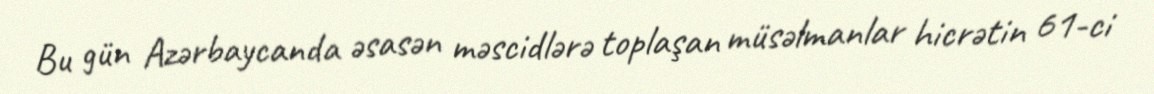
Bu gün Azərbaycanda əsasən məscidlərə toplaşan müsəlmanlar hicrətin 61-ci